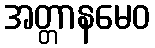
အတ္တာနမေဝ